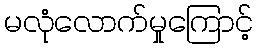
မလုံလောက်မှုကြောင့်